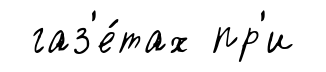
газ'е́тах пр'и